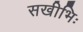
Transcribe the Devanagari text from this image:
सखीभिः